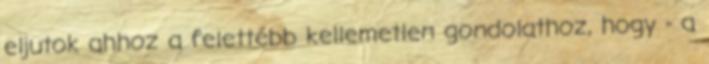
eljutok ahhoz a felettébb kellemetlen gondolathoz, hogy - a